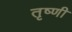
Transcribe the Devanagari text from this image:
तृष्णी